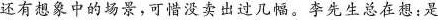
还有想象中的场景，可没卖出过几幅。李先生总在想：是